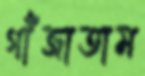
গাঁজাতাম